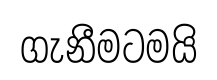
ගැනීමටමයි